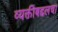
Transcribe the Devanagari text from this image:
व्यक्तीबद्दलचा